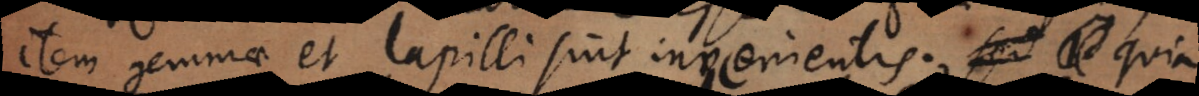
item gemmae et lapilli sint invenientis, quia